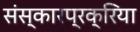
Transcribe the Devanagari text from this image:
संस्कारप्रक्रिया